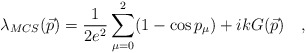
\begin{align*}\lambda_{MCS}(\vec p)=\frac{1}{2e^2}\sum_{\mu =0}^2(1-\cos p_{\mu})+i k G(\vec p)\quad ,\end{align*}